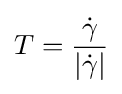
T={\frac {\dot {\gamma }}{|{\dot {\gamma }}|}}